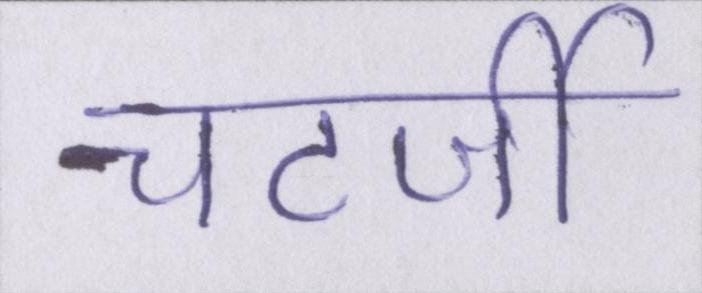
चटर्जी